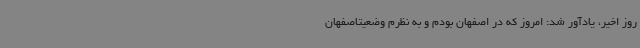
روز اخیر، یادآور شد: امروز که در اصفهان بودم و به نظرم وضعیتاصفهان